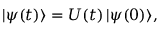
\begin{array} { r } { | \psi ( t ) \rangle = U ( t ) \, | \psi ( 0 ) \rangle , } \end{array}